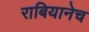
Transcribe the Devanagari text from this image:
राबियानेच